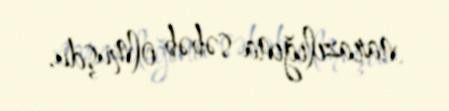
narazılığına səbəb olmuşdu.